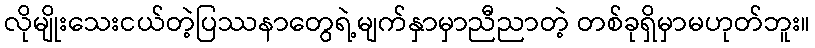
လိုမျိုးသေးငယ်တဲ့ပြဿနာတွေရဲ့မျက်နှာမှာညီညာတဲ့ တစ်ခုရှိမှာမဟုတ်ဘူး။